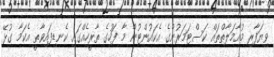
ވިޔަފާރި މުއާމަލާތްތައް ކަސްޓަމަރުންގެ އެކައުންޓުން މާ ފަހުގެ ތާރީހެއްގައި ކެނޑިފައިވާތީ އެކަމާ ގުޅޭ